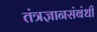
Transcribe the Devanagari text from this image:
तंत्रज्ञानसंबंधी